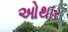
ઓથાર